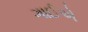
ગાઈએ